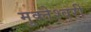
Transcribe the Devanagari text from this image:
मुक्‍तेश्‍वरी